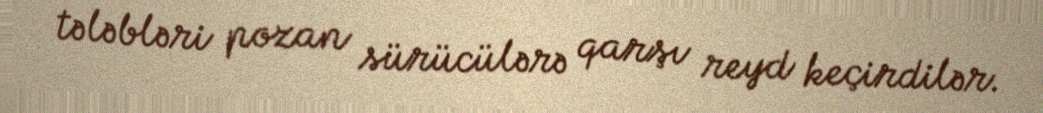
tələbləri pozan sürücülərə qarşı reyd keçirdilər.